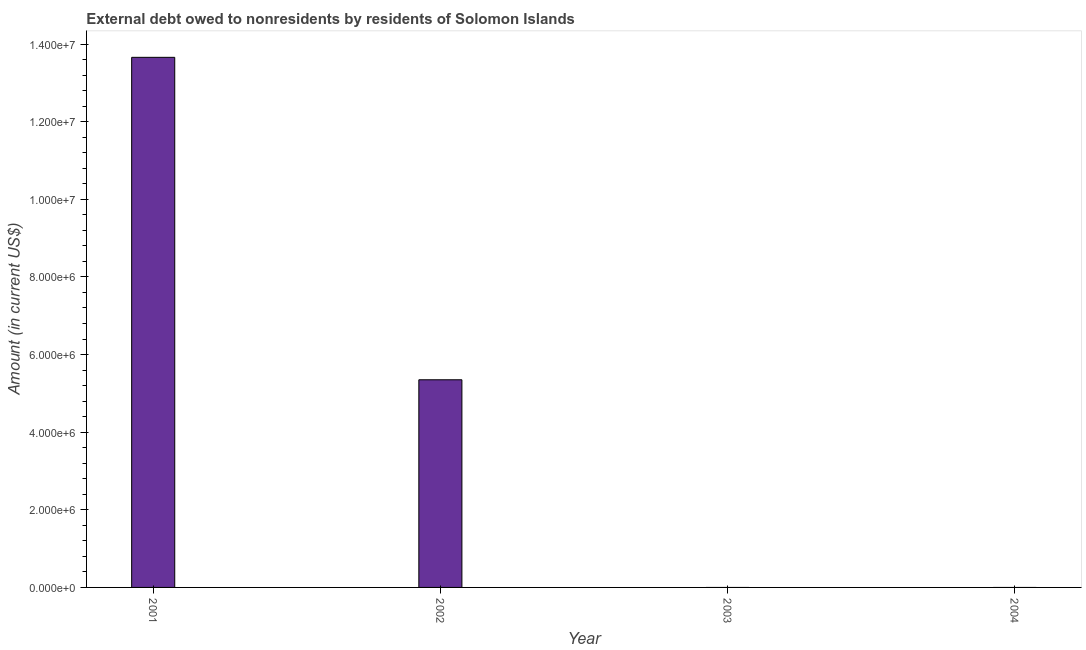
| Year | Debt |
 | --- | --- |
 | 2001 | 1.37e+07 |
 | 2002 | 5.35e+06 |
 | 2003 | -4.18e+06 |
 | 2004 | -1.04e+07 |